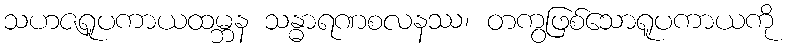
သဟဇရူပကာယထမ္ဘန သန္ဓာရဏစလနဿ၊ တကွဖြစ်သောရူပကာယကို